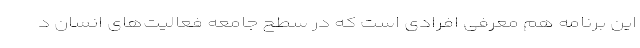
این برنامه هم معرفی افرادی است که در سطح جامعه فعالیت‌های انسان د